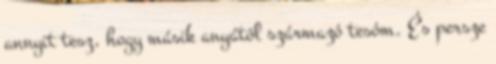
annyit tesz, hogy másik anyától származó tesóm. És persze